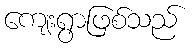
ကျေးရွာဖြစ်သည်